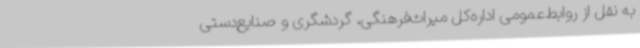
به نقل از روابط‌عمومی اداره‌کل میراث‌فرهنگی، گردشگری و صنایع‌دستی